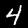
Label: 4